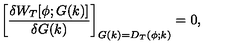
\biggl [ { \frac { \delta W _ { T } [ \phi ; G ( k ) ] } { \delta G ( k ) } } \biggr ] _ { G ( k ) = D _ { T } ( \phi ; k ) } = 0 ,